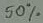
Text: 50%